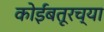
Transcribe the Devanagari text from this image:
कोईंबतूरच्या